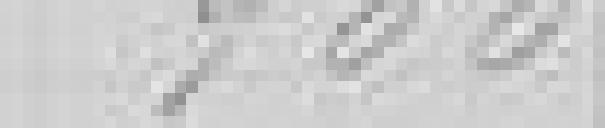
900